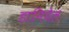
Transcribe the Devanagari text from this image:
डानियेल